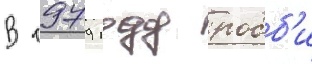
В 1979 году робб'и